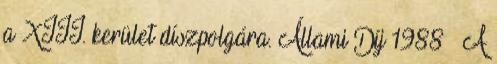
a XIII. kerület díszpolgára. Állami Díj 1988 – A